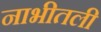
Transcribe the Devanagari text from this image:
नाभीतली